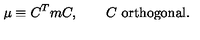
\mu \equiv C ^ { T } m C , \qquad C \ \mathrm { o r t h o g o n a l } .